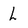
Character: L